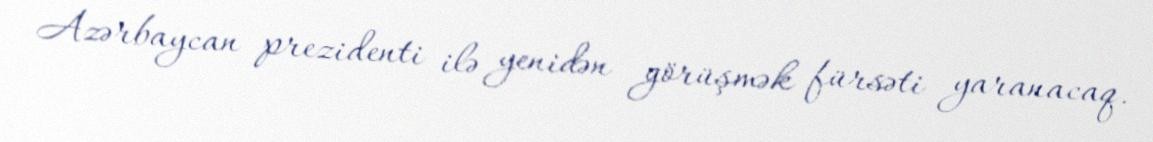
Azərbaycan prezidenti ilə yenidən görüşmək fürsəti yaranacaq.